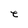
Character: e